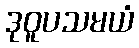
ဒုဝူပသမယံ